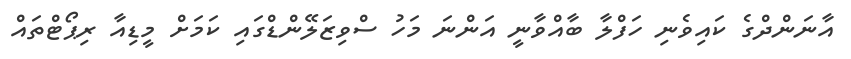
އާނަންދްގެ ކައިވެނި ހަފްލާ ބާއްވާނީ އަންނަ މަހު ސްވިޒަލޭންޑްގައި ކަމަށް މީޑިއާ ރިޕޯޓްތައް